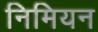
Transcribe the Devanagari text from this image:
निमियन